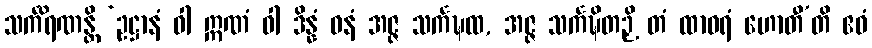
သင်္ကိရဏန္တိ ‘ဥဋ္ဌာနံ ဝါ ဣဏံ ဝါ ဒိန္နံ ဓနံ အဇ္ဇ သင်္ကဍ္ဎထ, အဇ္ဇ သင်္ကဍ္ဎိတဉှိ တံ ထာဝရံ ဟောတီ’တိ ဧဝံ